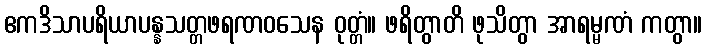
ဧကဒိသာပရိယာပန္နသတ္တဖရဏဝသေန ဝုတ္တံ။ ဖရိတွာတိ ဖုသိတွာ အာရမ္မဏံ ကတွာ။